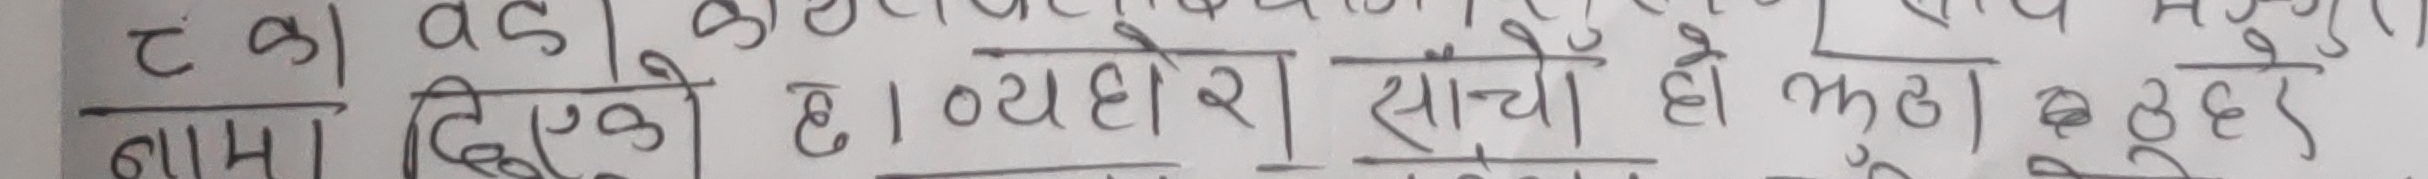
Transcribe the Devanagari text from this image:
नामा दिएको छ ब्यबहार साँचो हो झुठ अबेर